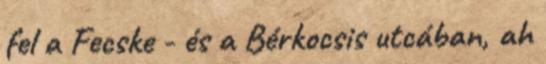
fel a Fecske - és a Bérkocsis utcában, ah